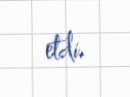
etdi.